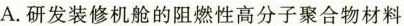
A.研发装修机舱的阻燃性高分子聚合物材料